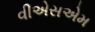
વીએસએમ